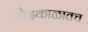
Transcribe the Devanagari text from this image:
बौद्धकाळातच